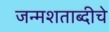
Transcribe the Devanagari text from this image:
जन्मशताब्दीचे